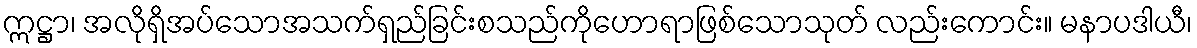
ဣဋ္ဌာ၊ အလိုရှိအပ်သောအသက်ရှည်ခြင်းစသည်ကိုဟောရာဖြစ်သောသုတ် လည်းကောင်း။ မနာပဒါယီ၊